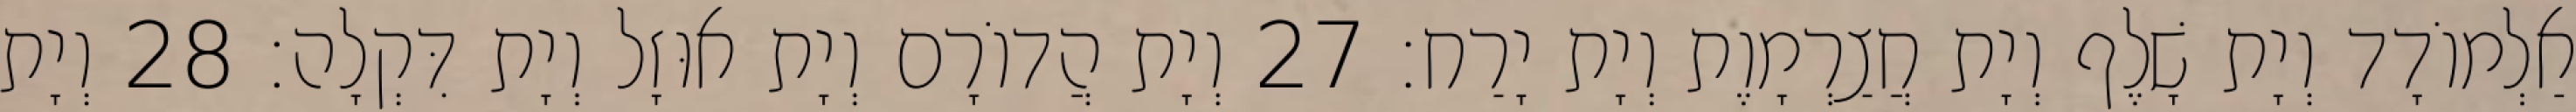
אַלְמוֹדָד וְיָת שָׁלֶף וְיָת חֲצַרְמָוֶת וְיָת יָרַח׃ 27 וְיָת הֲדוֹרָם וְיָת אוּזָל וְיָת דִּקְלָה׃ 28 וְיָת